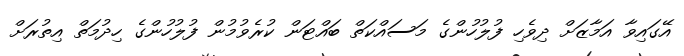
އޭގައިވާ އަމާޒަށް ދިވެހި ފުލުހުންގެ މަސައްކަތް ބައްޓަން ކުރެވުމުން ފުލުހުންގެ ހިދުމަތް އިތުރަށް